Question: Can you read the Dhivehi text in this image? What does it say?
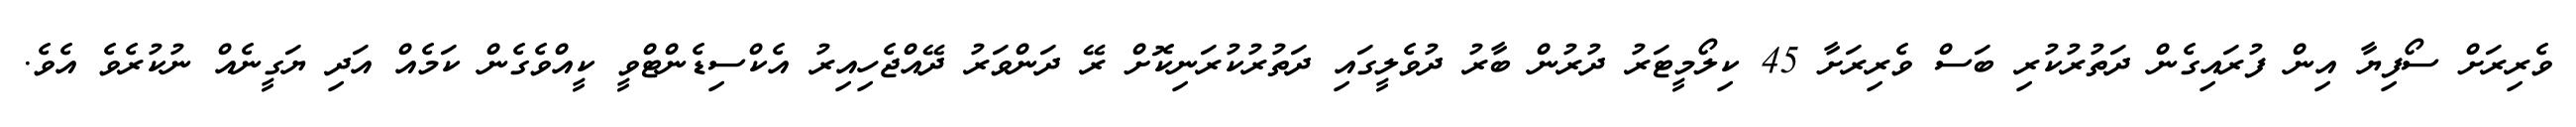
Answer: ވެރިރަށް ސޯފިޔާ އިން ފުރައިގެން ދަތުރުކުރި ބަސް ވެރިރަށާ 45 ކިލޯމީޓަރު ދުރުން ބާރު ދުވެލީގައި ދަތުރުކުރަނިކޮށް ރޭ ދަންވަރު ދޭއްޖެހިއިރު އެކްސިޑެންޓްވީ ކީއްވެގެން ކަމެއް އަދި ޔަގީނެއް ނުކުރެވެ އެވެ.